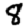
Digit: 8